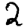
Digit: 2